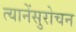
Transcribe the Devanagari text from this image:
त्यानेंसुरोचन